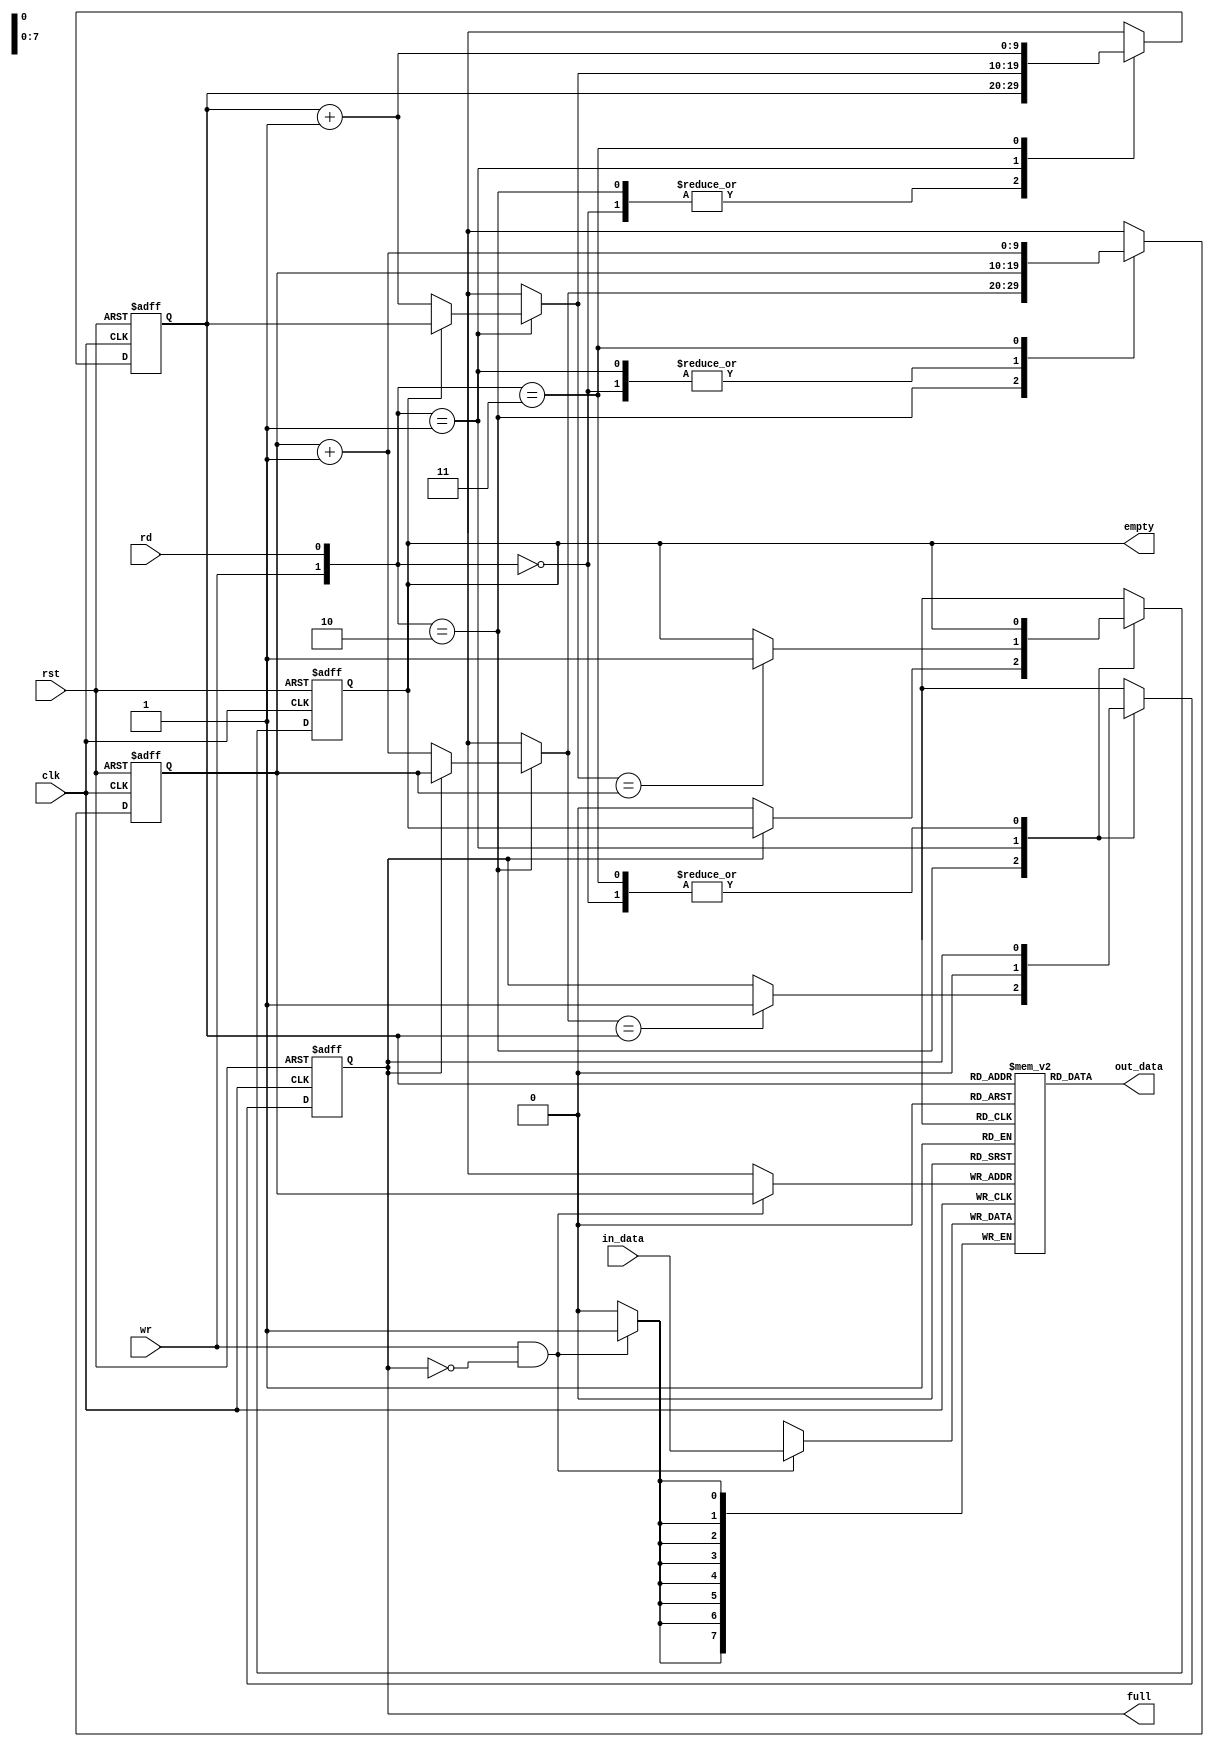
`timescale 1ns / 1ps
//////////////////////////////////////////////////////////////////////////////////
// Company: 
// Engineer: 
// 
// Design Name: 
// Module Name: fifo
// Project Name: 
// Target Devices: 
// Tool Versions: 
// Description: 
// 
// Dependencies: 
// 
// Revision:
// Revision 0.01 - File Created
// Additional Comments:
// 
//////////////////////////////////////////////////////////////////////////////////


module fifo
#(parameter word = 8, loc = 10)
(
input clk,rst,
input [7:0] in_data,
input wr,rd,
output [7:0] out_data,
output full,empty);

reg [word-1:0] mem [2**loc-1:0];
reg [loc-1 : 0] wr_point_reg, wr_point_next;
reg [loc-1 : 0] rd_point_reg, rd_point_next;
reg empty_reg,full_reg,empty_next,full_next;
wire wr_en;

always @(posedge clk)
if (wr_en)
mem[wr_point_reg] <= in_data;

assign wr_en = wr & ~full_reg;
assign out_data = mem[rd_point_reg];  //FWFT fifo for standard always @(posedge clk) if (rd) out_data <= mem[]

always @(posedge clk, negedge rst)
if (~rst)
begin
wr_point_reg <= 0;
rd_point_reg <= 0;
full_reg <= 1'b0;
empty_reg <= 1'b1;
end
else
begin
wr_point_reg <= wr_point_next;
rd_point_reg <= rd_point_next;
full_reg <= full_next;
empty_reg <= empty_next;
end

always @*
begin
rd_point_next = rd_point_reg;
wr_point_next = wr_point_reg;
full_next = full_reg;
empty_next = empty_reg;

case ({wr,rd})

2'b00 :
begin
wr_point_next = wr_point_reg;
rd_point_next = rd_point_reg;
full_next = full_reg;
empty_next = empty_reg;
end

2'b10 :
begin
if (~full_reg)
begin
wr_point_next = wr_point_reg + 1;
empty_next = 1'b0;
end
if (wr_point_next == rd_point_reg)
full_next = 1'b1;
end

2'b01 :
begin
if(~empty_reg)
rd_point_next = rd_point_reg + 1;
full_next = 1'b0;
if(rd_point_next == wr_point_reg)
empty_next = 1'b1;
end

2'b11 :
begin
wr_point_next = wr_point_reg + 1;
rd_point_next = rd_point_reg + 1;
end

endcase
end


assign empty = empty_reg;
assign full = full_reg;
endmodule